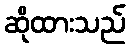
ဆိုထားသည်